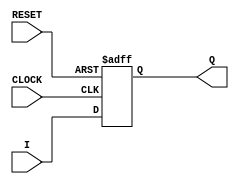
module RegistradorPP
  (
    input[3:0]I,
    input CLOCK, RESET,
    output reg[3:0]Q
  );
  
  always@(posedge CLOCK or posedge RESET)
    begin
      if(RESET)
        Q[3:0] <= 0;
      else
        Q[3:0] <= I[3:0];
    end
  
endmodule